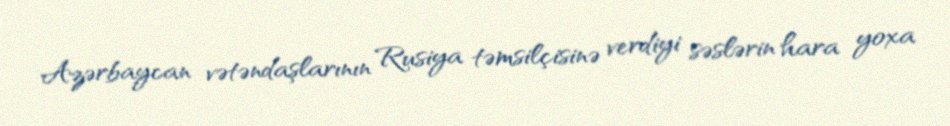
Azərbaycan vətəndaşlarının Rusiya təmsilçisinə verdiyi səslərin hara yoxa